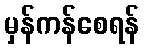
မှန်ကန်စေရန်